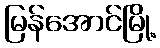
မြန်အောင်မြို့